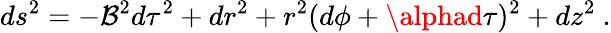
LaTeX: ds^{2}=-\mathcal{B}^{2}d\tau^{2}+dr^{2}+r^{2}(d\phi+\alphad\tau)^{2}+dz^{2}\space.